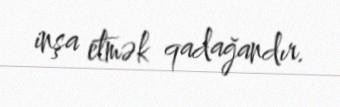
inşa etmək qadağandır.